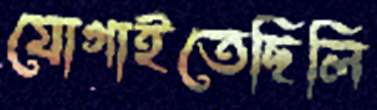
যোগাইতেছিলি